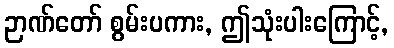
ဉာဏ်တော် စွမ်းပကား, ဤသုံးပါးကြောင့်,